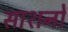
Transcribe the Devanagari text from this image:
साशनों